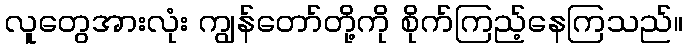
လူတွေအားလုံး ကျွန်တော်တို့ကို စိုက်ကြည့်နေကြသည်။